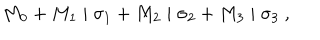
LaTeX: M _ { 0 } + M _ { 1 } \mid \sigma _ { 1 } + M _ { 2 } \mid \sigma _ { 2 } + M _ { 3 } \mid \sigma _ { 3 } ~ ,